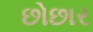
છોછાર